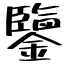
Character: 鑒